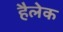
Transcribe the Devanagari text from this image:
हैलेक